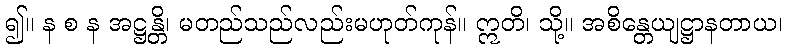
၍။ န စ န အဋ္ဌန္တိ၊ မတည်သည်လည်းမဟုတ်ကုန်။ ဣတိ၊ သို့။ အစိန္တေယျဋ္ဌာနတာယ၊